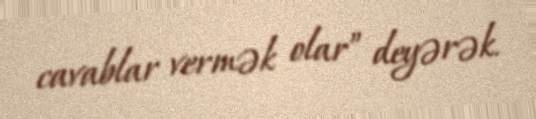
cavablar vermək olar” deyərək.